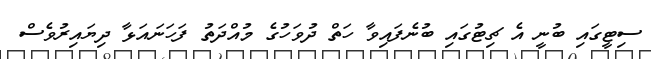
ސިޓީގައި ބުނީ އެ ޗިޓުގައި ބުނެފައިވާ ހަތް ދުވަހުގެ މުއްދަތު ފަހަނައަޅާ ދިޔައިރުވެސް